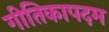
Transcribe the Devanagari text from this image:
गीतिकापदम